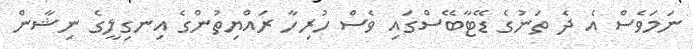
ނަމަވެސް އެ ދެ ތަނުގެ ޑޭޓާބޭސްގައި ވެސް ހުރިހާ ރައްޔިތުންގެ އިނގިލީގެ ނިޝާން